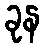
ခုန